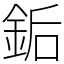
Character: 銗